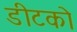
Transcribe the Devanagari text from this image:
डीटको